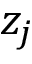
z _ { j }